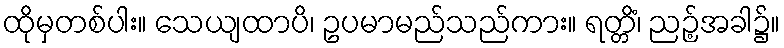
ထိုမှတစ်ပါး။ သေယျထာပိ၊ ဥပမာမည်သည်ကား။ ရတ္တိံ၊ ညဉ့်အခါ၌။